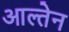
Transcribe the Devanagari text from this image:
आल्तेन